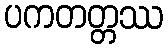
ပကတတ္တဿ